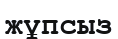
жұпсыз